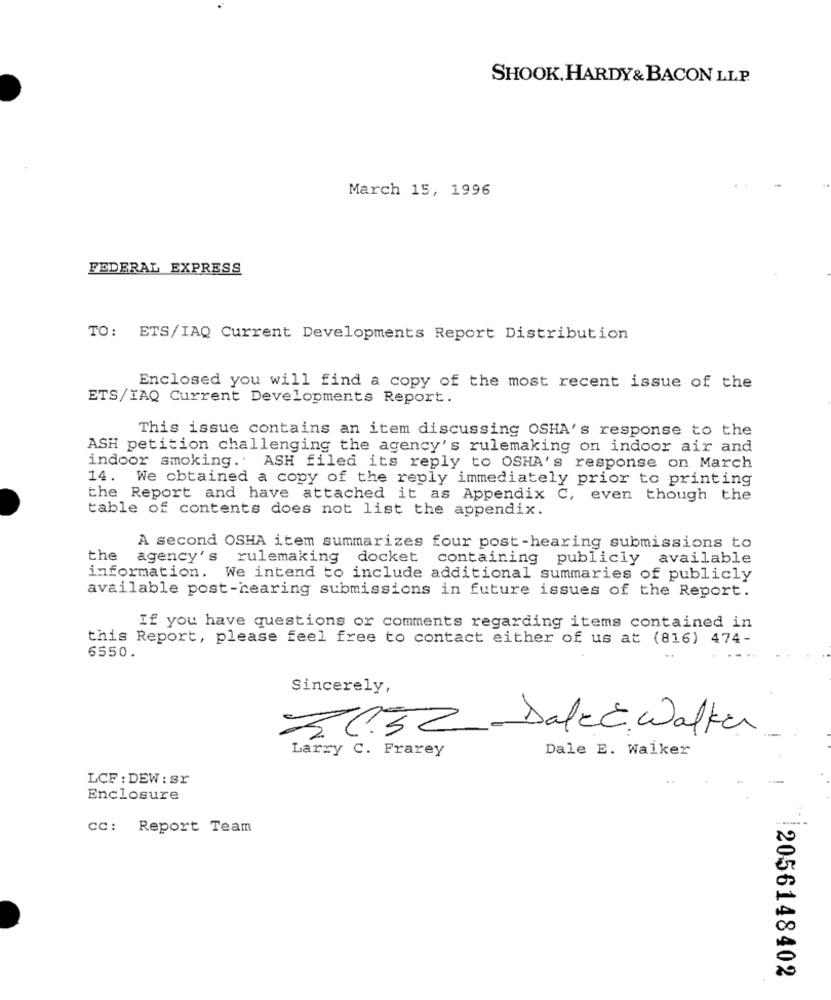
SHOOK, HARDY& BACON LLP.
March 15, 1996
FEDERAL EXPRESS
TO: ETS/IAQ Current Developments Report Distribution
Enclosed you will find a copy of the most recent issue of the
ETS/IAQ Current Developments Report.
This issue contains an item discussing OSHA's response to the
ASH petition challenging the agency's rulemaking on indoor air and
indoor smoking .. ASH filed its reply to OSHA's response on March
14. We obtained a copy of the reply immediately prior to printing
the Report and have attached it as Appendix C, even though the
table of contents does not list the appendix.
A second OSHA item summarizes four post-hearing submissions to
the agency's
rulemaking docket
containing publicly available
information. We intend to include additional summaries of publicly
available post-hearing submissions in future issues of the Report.
If you have questions or comments regarding items contained in
this Report, please feel free to contact either of us at (816) 474-
6550.
Sincerely,
76.32 -Salcc Walker
Dale E. Walker
Larry C. Frarey
LCF : DEW : sr
Enclosure
CC: Report Team
|2056148402